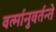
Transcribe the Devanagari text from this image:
वर्त्मानुवर्तन्ते